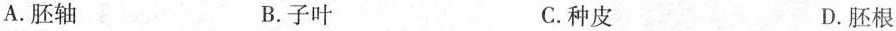
A.胚轴 B.子叶 C.种皮 D.胚根